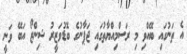
އެ ތަނުގައި ބޭއްވި މި ރަސްމިއްޔާތުގައި ޖަޕާނުގެ ބޮޑުވަޒީރު ޝިންޒޯ އަބޭ ވަނީ